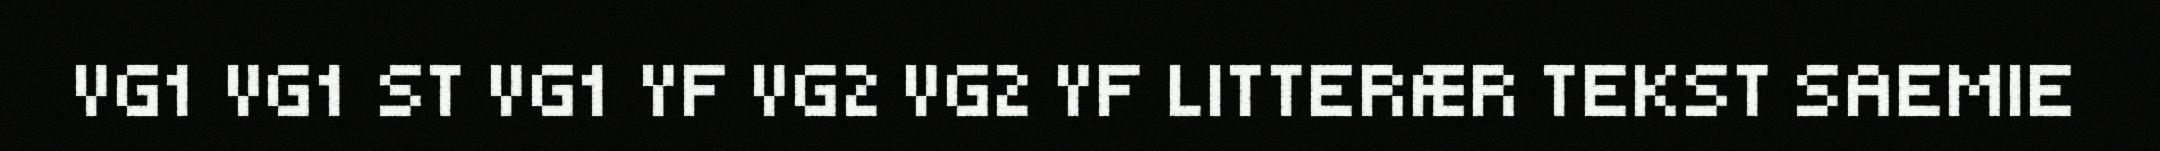
VG1 VG1 ST VG1 YF VG2 VG2 YF LITTERÆR TEKST SAEMIE